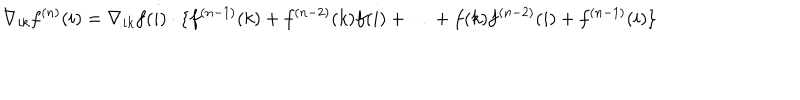
\nabla _ { i k } f ^ { ( n ) } ( i ) = \nabla _ { i k } f ( i ) \cdot \{ f ^ { ( n - 1 ) } ( k ) + f ^ { ( n - 2 ) } ( k ) f ( i ) + \ldots + f ( k ) f ^ { ( n - 2 ) } ( i ) + f ^ { ( n - 1 ) } ( i ) \}